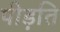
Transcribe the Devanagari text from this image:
पीड़ति